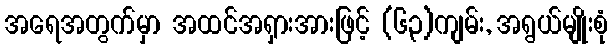
အရေအတွက်မှာ အထင်အရှားအားဖြင့် (၆၃)ကျမ်း, အရွယ်မျိုးစုံ